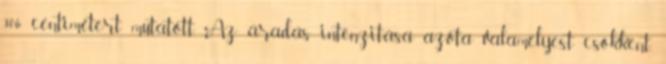
306 centimétert mutatott. Az áradás intenzitása azóta valamelyest csökkent,